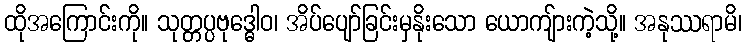
ထိုအကြောင်းကို။ သုတ္တပ္ပဗုဒ္ဓေါဝ၊ အိပ်ပျော်ခြင်းမှနိုးသော ယောကျ်ားကဲ့သို့။ အနုဿရာမိ၊